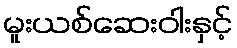
မူးယစ်ဆေးဝါးနှင့်